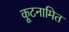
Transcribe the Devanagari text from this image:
कूटनामित